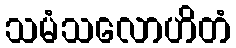
သမံသလောဟိတံ